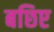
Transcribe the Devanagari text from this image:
बछिए